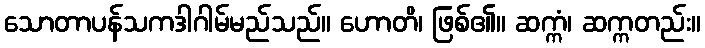
သောတာပန်သကဒါဂါမ်မည်သည်။ ဟောတိ၊ ဖြစ်၏။ ဆက္ကံ၊ ဆက္ကတည်း။